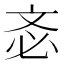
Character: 𣁆